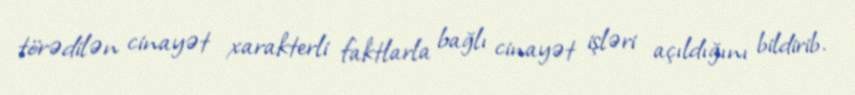
törədilən cinayət xarakterli faktlarla bağlı cinayət işləri açıldığını bildirib.